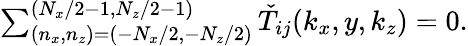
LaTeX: \begin{array}{r}{\sum_{(n_{x},n_{z})=(-N_{x}/2,-N_{z}/2)}^{(N_{x}/2-1,N_{z}/2-1)}\check{T}_{ij}(k_{x},y,k_{z})=0.}\end{array}